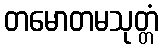
တမောတမသုတ္တံ